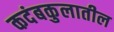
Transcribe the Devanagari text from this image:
कदंबकुलातील